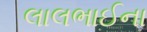
લાલભાઈના